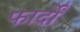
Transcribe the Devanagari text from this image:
फार्दों